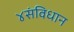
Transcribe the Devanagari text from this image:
४संविधान